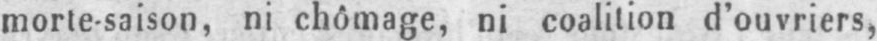
morte-saison, ni chômage, ni coalition d’ouvriers,